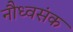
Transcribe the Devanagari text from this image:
नौध्वसंक